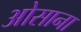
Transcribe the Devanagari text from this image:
ओसाना